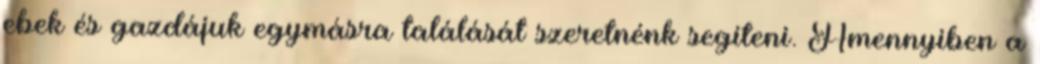
ebek és gazdájuk egymásra találását szeretnénk segíteni. Amennyiben a